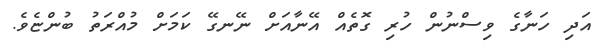
އަދި ހަނާގެ ވިސްނުން ހުރި ގޮތެއް އޭނާއަށް ނޭނގޭ ކަމަށް މުއްރަތު ބުންޏެވެ.